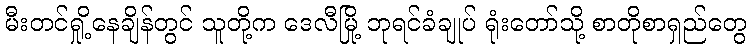
မီးတင်ရှို့နေချိန်တွင် သူတို့က ဒေလီမြို့ ဘုရင်ခံချုပ် ရုံးတော်သို့ စာတိုစာရှည်တွေ